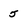
Character: 5